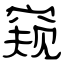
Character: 窥